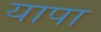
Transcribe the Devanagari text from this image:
यापा